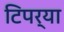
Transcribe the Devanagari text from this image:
टिपर्या